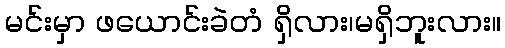
မင်းမှာ ဖယောင်းခဲတံ ရှိလား၊မရှိဘူးလား။